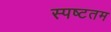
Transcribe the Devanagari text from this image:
स्पष्टतम